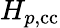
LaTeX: H_{p,\mathrm{{cc}}}